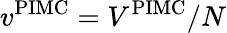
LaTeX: v^{\mathrm{PIMC}}=V^{\mathrm{PIMC}}/N